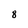
Character: 8